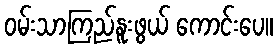
ဝမ်းသာကြည်နူးဖွယ် ကောင်းပေ။